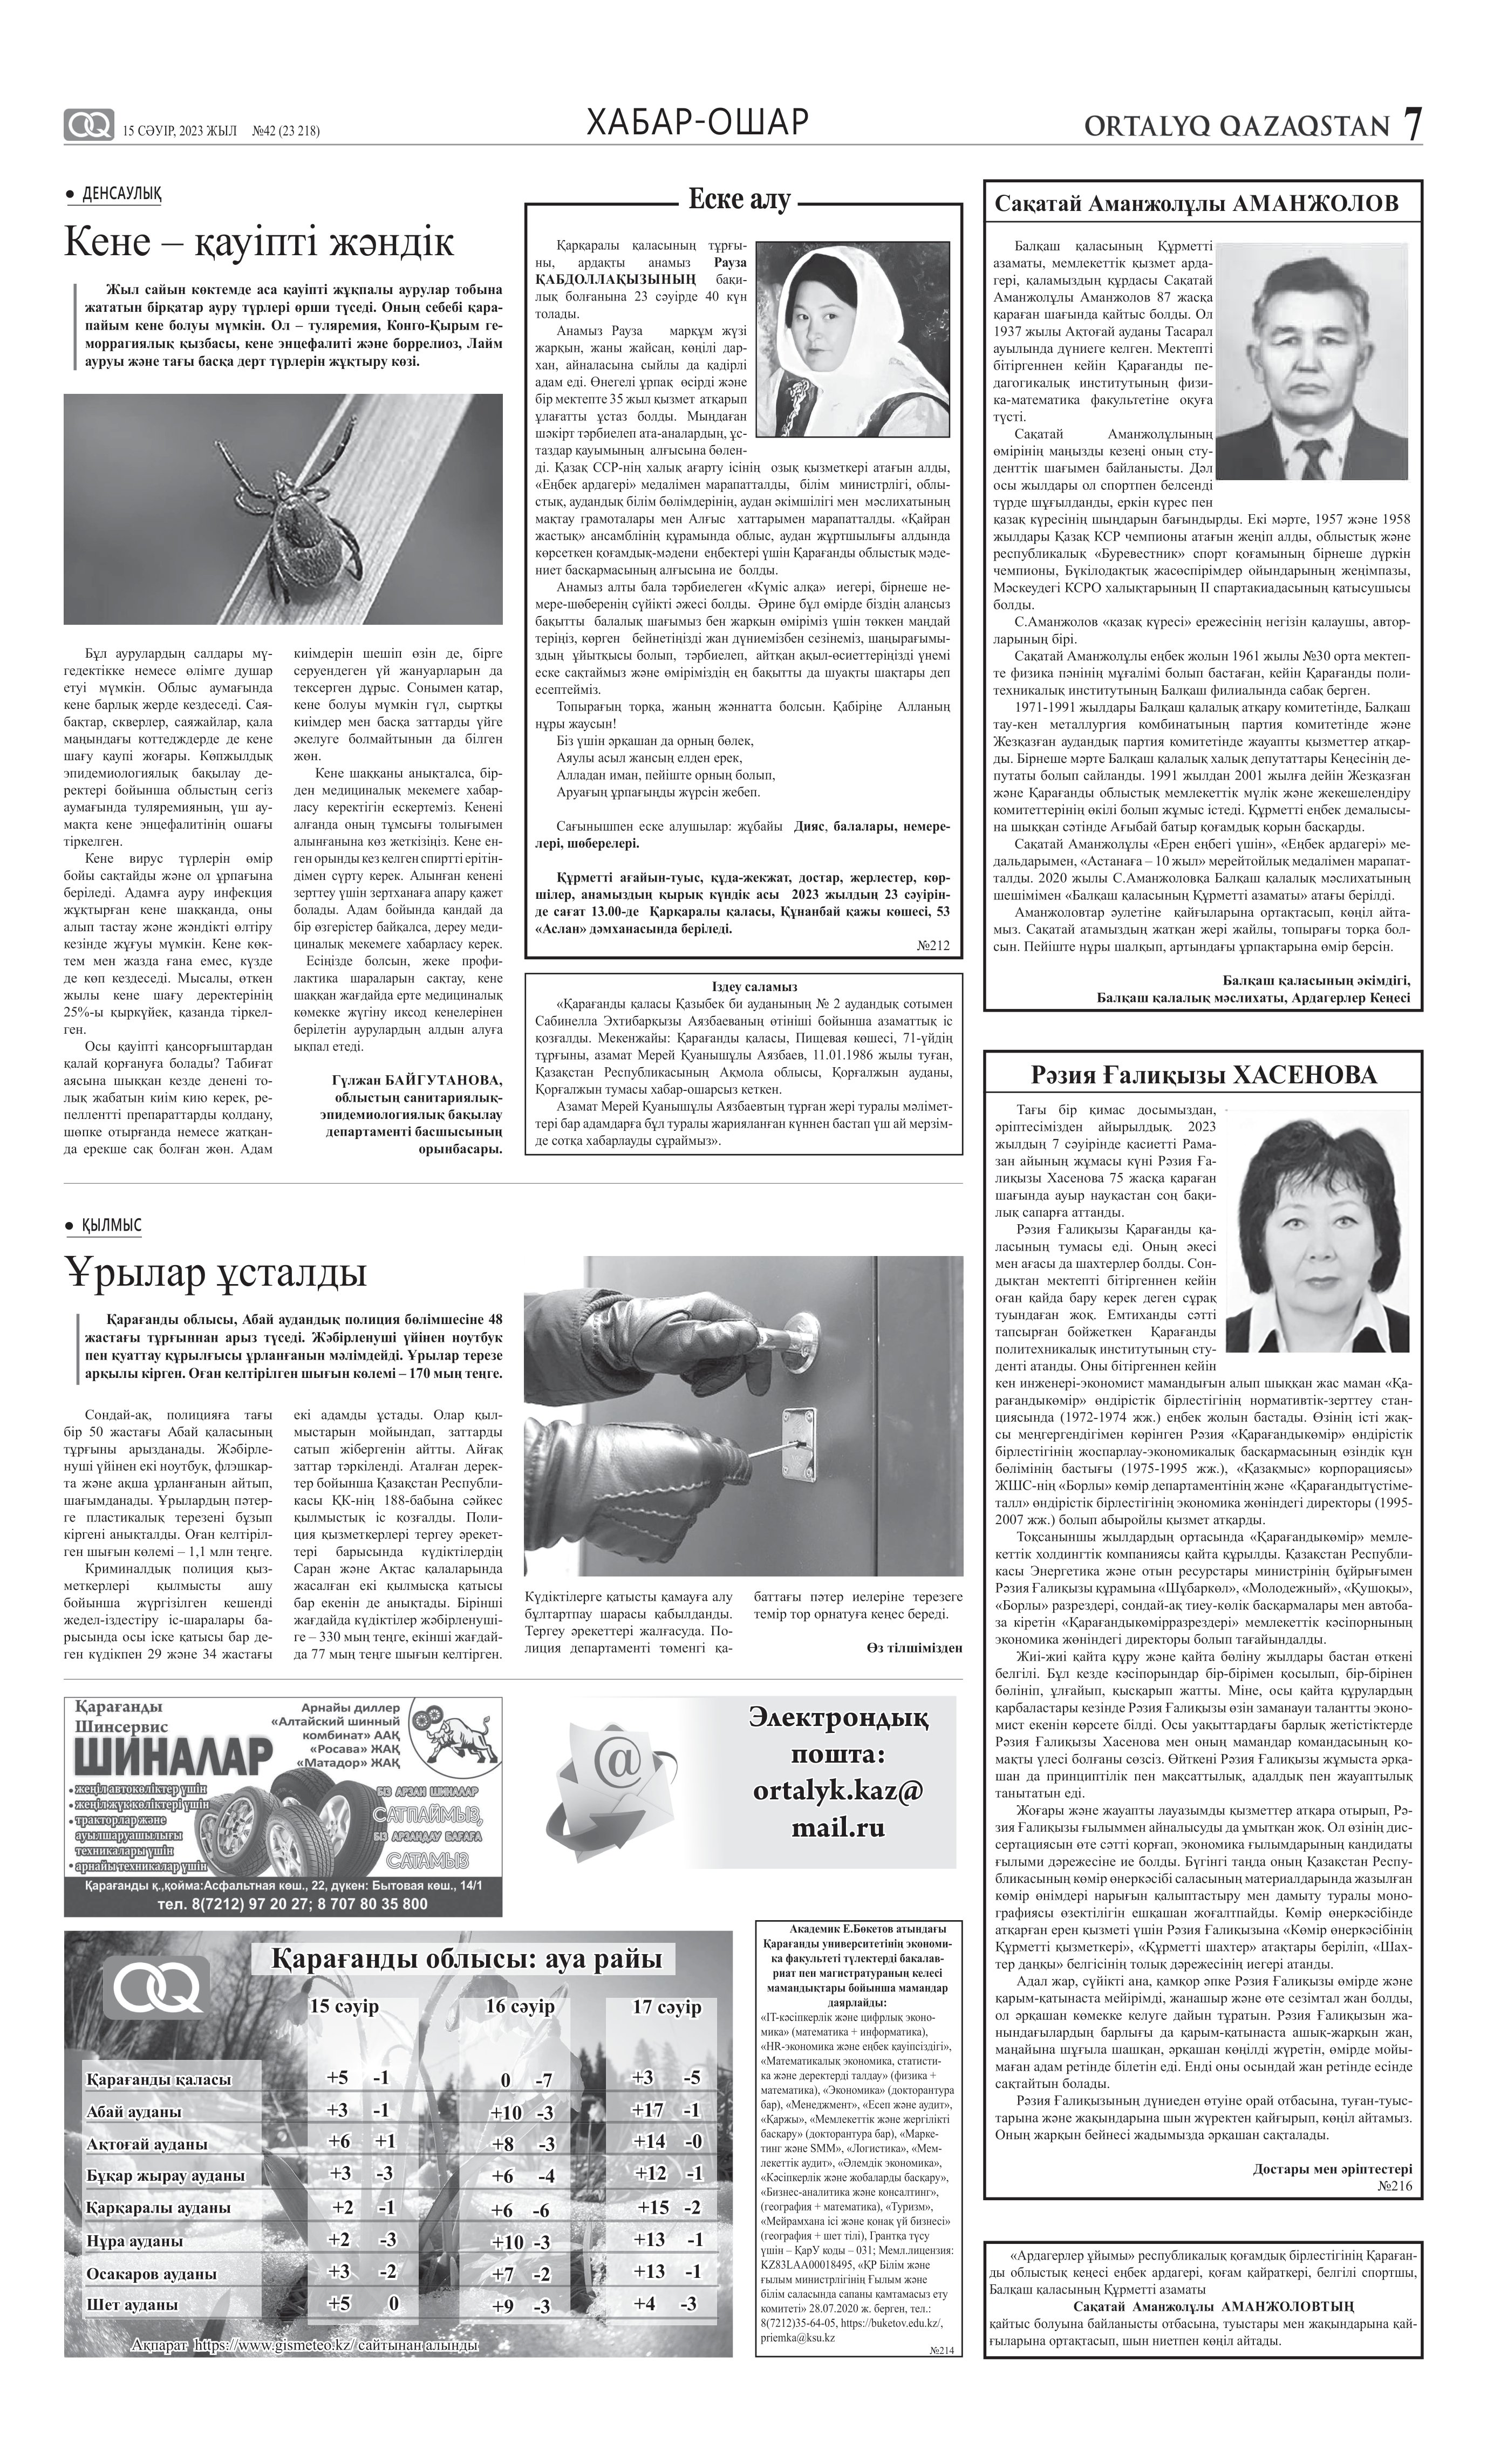
Language: kk